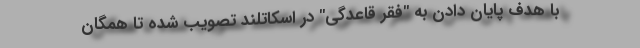
با هدف پایان دادن به "فقر قاعدگی" در اسکاتلند تصویب شده تا همگان